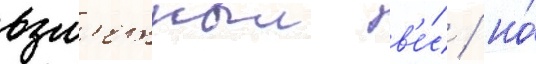
взл'етныи в'е́с / но́